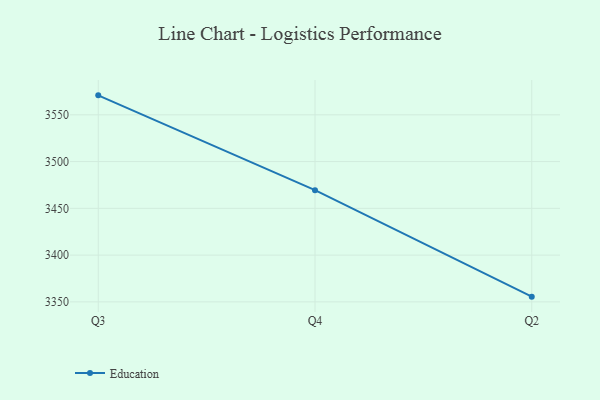
{"axis": {"x": "Quarter", "y": "Market Share (%)"}, "legend": ["Education"], "data": [{"x": "Q3", "y": 3570.8, "type": "Education"}, {"x": "Q4", "y": 3469.4, "type": "Education"}, {"x": "Q2", "y": 3355.6, "type": "Education"}]}